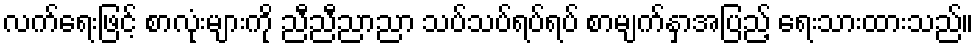
လက်ရေးဖြင့် စာလုံးများကို ညီညီညာညာ သပ်သပ်ရပ်ရပ် စာမျက်နှာအပြည့် ရေးသားထားသည်။